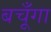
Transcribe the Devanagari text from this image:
बचूँगा